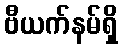
ဗီယက်နမ်ရှိ